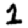
Digit: 1